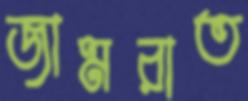
জামরাত